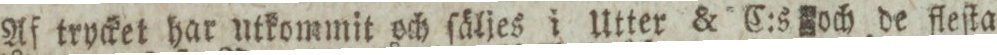
Af trycket har utkommit och ſäljes i Utter & C:s och de fleſta